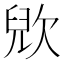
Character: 𣣉